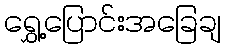
ရွှေ့ပြောင်းအခြေချ